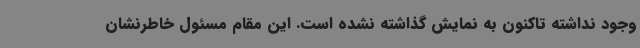
وجود نداشته تاکنون به نمایش گذاشته نشده است. این مقام مسئول خاطرنشان